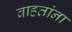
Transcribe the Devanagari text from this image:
वाहतांना